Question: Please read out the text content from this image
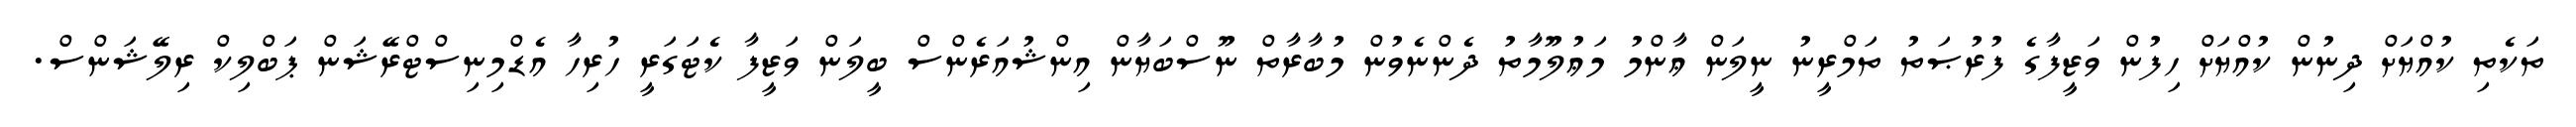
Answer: ތަކެތި ކުއްޔަށް ދިނުން ކުއްޔަށް ހިފުން ވަޒީފާގެ ފުރުޞަތު ތަމްރީނު ނީލަން ޢާންމު މަޢުލޫމާތު ދެންނެވުން މުބާރާތް ނޫސްބަޔާން އިންޝުއަރެންސް ބީލަން ވަޒީފާ ކެޓަގަރީ ހުރިހާ އެޑްމިނިސްޓްރޭޝަން ޕަބްލިކް ރިލޭޝަންސް.